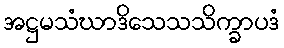
အဋ္ဌမသံဃာဒိသေသသိက္ခာပဒံ